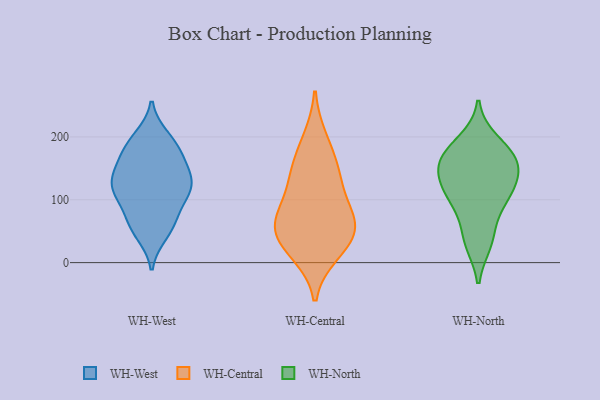
{"axis": {"x": "Latency (ms)", "y": "Value"}, "legend": ["WH-Central", "WH-North", "WH-West"], "data": [{"x": "", "y": 108, "type": "WH-West"}, {"x": "", "y": 158, "type": "WH-West"}, {"x": "", "y": 56, "type": "WH-West"}, {"x": "", "y": 72, "type": "WH-West"}, {"x": "", "y": 124, "type": "WH-West"}, {"x": "", "y": 124, "type": "WH-West"}, {"x": "", "y": 192, "type": "WH-West"}, {"x": "", "y": 102, "type": "WH-West"}, {"x": "", "y": 181, "type": "WH-West"}, {"x": "", "y": 46, "type": "WH-West"}, {"x": "", "y": 118, "type": "WH-West"}, {"x": "", "y": 151, "type": "WH-West"}, {"x": "", "y": 63, "type": "WH-West"}, {"x": "", "y": 199, "type": "WH-West"}, {"x": "", "y": 176, "type": "WH-West"}, {"x": "", "y": 122, "type": "WH-West"}, {"x": "", "y": 137, "type": "WH-West"}, {"x": "", "y": 16, "type": "WH-Central"}, {"x": "", "y": 75, "type": "WH-Central"}, {"x": "", "y": 48, "type": "WH-Central"}, {"x": "", "y": 70, "type": "WH-Central"}, {"x": "", "y": 46, "type": "WH-Central"}, {"x": "", "y": 130, "type": "WH-Central"}, {"x": "", "y": 159, "type": "WH-Central"}, {"x": "", "y": 133, "type": "WH-Central"}, {"x": "", "y": 196, "type": "WH-Central"}, {"x": "", "y": 25, "type": "WH-Central"}, {"x": "", "y": 74, "type": "WH-Central"}, {"x": "", "y": 162, "type": "WH-North"}, {"x": "", "y": 126, "type": "WH-North"}, {"x": "", "y": 32, "type": "WH-North"}, {"x": "", "y": 193, "type": "WH-North"}, {"x": "", "y": 173, "type": "WH-North"}, {"x": "", "y": 166, "type": "WH-North"}, {"x": "", "y": 136, "type": "WH-North"}, {"x": "", "y": 113, "type": "WH-North"}, {"x": "", "y": 40, "type": "WH-North"}, {"x": "", "y": 103, "type": "WH-North"}, {"x": "", "y": 158, "type": "WH-North"}, {"x": "", "y": 90, "type": "WH-North"}]}